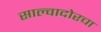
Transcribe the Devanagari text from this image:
साल्वादोरचा